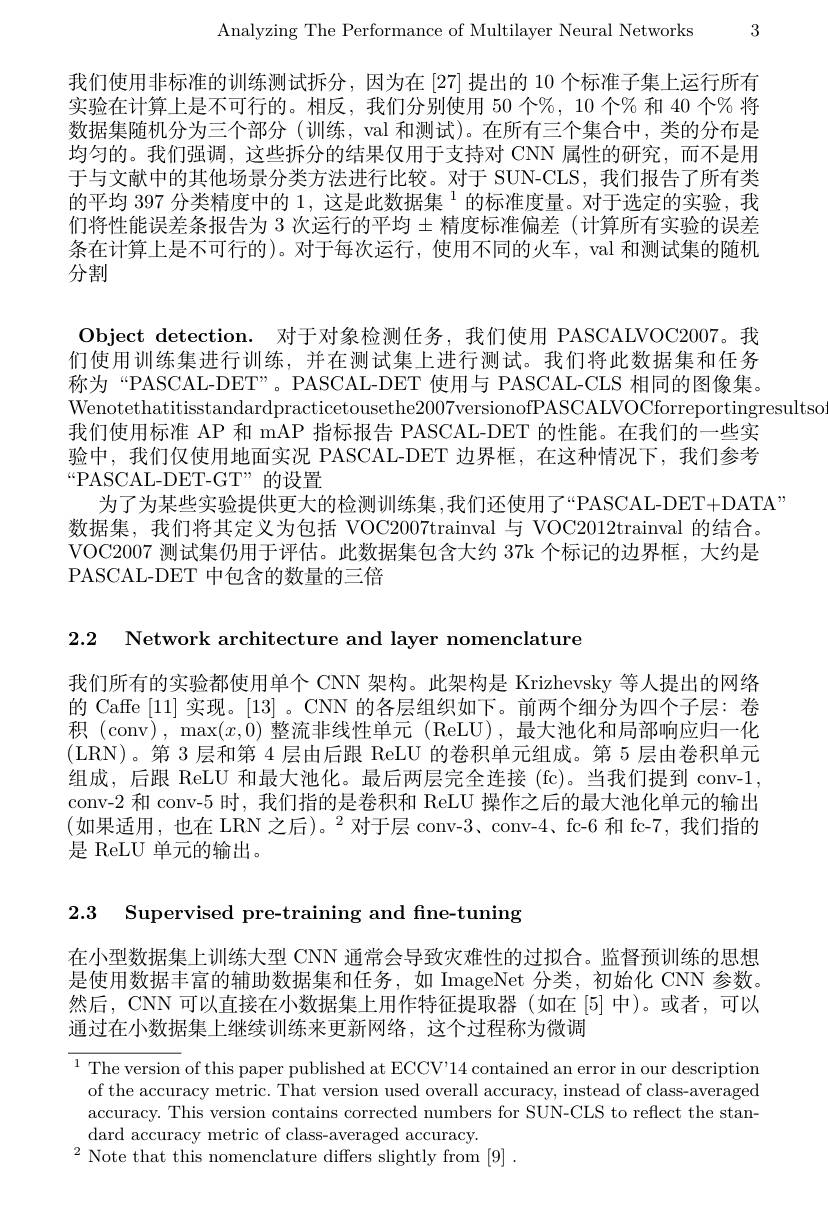
Analyzing The Performance of Multilayer Neural Networks 3

我们使用非标准的训练测试拆分，因为在[27]提出的 10 个标准子集上运行所有实验在计算上是不可行的。相反，我们分别使用 50 个%, 10 个% 和 40 个% 将数据集随机分为三个部分(训练，val 和测试)。在所有三个集合中，类的分布是均匀的。我们强调，这些拆分的结果仅用于支持对 CNN 属性的研究，而不是用于与文献中的其他场景分类方法进行比较。对于 SUN-CLS,我们报告了所有类的平均 397 分类精度中的 1,这是此数据集$^{1}$的标准度量。对于选定的实验，我们将性能误差条报告为 3 次运行的平均 $\pm$精度标准偏差 (计算所有实验的误差条在计算上是不可行的)。对于每次运行，使用不同的火车，val 和测试集的随机分割

Object detection. 对于对象检测任务，我们使用 PASCALVOC2007。我们使用训练集进行训练，并在测试集上进行测试。我们将此数据集和任务称为“PASCAL-DET”。PASCAL-DET 使用与 PASCAL-CLS 相同的图像集。Wenotethatitisstandardpracticetousethe2007versionofPASCALVOCforreportingresultso
我们使用标准 AP 和 mAP 指标报告 PASCAL-DET 的性能。在我们的一些实验中，我们仅使用地面实况 PASCAL-DET 边界框，在这种情况下，我们参考$“$PASCAL-DET-GT”的设置
为了为某些实验提供更大的检测训练集，我们还使用了“PASCAL-DET+DATA’
数据集，我们将其定义为包括 VOC2007trainval 与 VOC2012trainval 的结合。VOC2007 测试集仍用于评估。此数据集包含大约 37k 个标记的边界框，大约是PASCAL-DET 中包含的数量的三倍

2.2 Network architecture and layer nomenclature

我们所有的实验都使用单个 CNN 架构。此架构是 Krizhevsky 等人提出的网络的 Caffe [11] 实现。[13]。CNN 的各层组织如下。前两个细分为四个子层：卷积 (conv), max$(x,0)$整流非线性单元 (ReLU),最大池化和局部响应归一化(LRN)。第 3层和第 4 层由后跟 ReLU 的卷积单元组成。第 5 层由卷积单元组成，后跟 ReLU 和最大池化。最后两层完全连接 (fc)。当我们提到 conv-1, conv-2 和 conv-5 时，我们指的是卷积和 ReLU 操作之后的最大池化单元的输出(如果适用，也在 LRN 之后)。$^2$对于层 conv-3、conv-4、fc-6 和 fc-7,我们指的是 ReLU 单元的输出。

2.3 Supervised pre-training and fine-tuning

在小型数据集上训练大型 CNN 通常会导致灾难性的过拟合。监督预训练的思想是使用数据丰富的辅助数据集和任务，如 ImageNet 分类，初始化 CNN 参数然后，CNN 可以直接在小数据集上用作特征提取器(如在[5]中)。或者，可以通过在小数据集上继续训练来更新网络，这个过程称为微调

${^{1}\text{The version of this paper published at ECCV'}14\text{ contained an error in our description}}$
of the accuracy metric. That version used overall accuracy, instead of class-averaged accuracy. This version contains corrected numbers for SUN-CLS to reflect the standard accuracy metric of class-averaged accuracy.
$^{2}$ Note that this nomenclature differs slightly from [9].